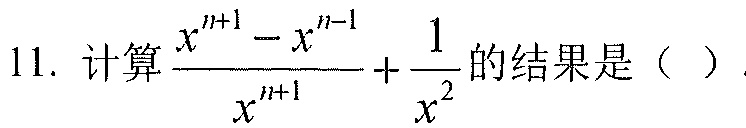
11. 计算\(\frac{x^{n + 1}-x^{n - 1}}{x^{n + 1}}+\frac{1}{x^{2}}\)的结果是（ ）.